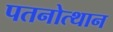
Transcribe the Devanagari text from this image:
पतनोत्थान